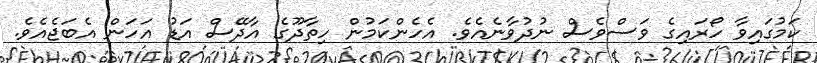
ކަމުގައިވާ ހޯރައިގެ ވަސްވެސް ނުދުވާނެއެވެ. އެހެންކަމުން ހިތާދޫގެ އާދޭސް އަޑު އަހަން އެބަޖެއެވެ.